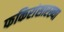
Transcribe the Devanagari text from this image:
फकिरांसारख्या